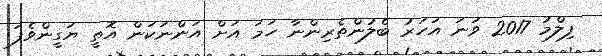
ފިލްމު 2017 ވަނަ އަހަރު ބެލުންތެރިންނާ ހަމަ އަށް އަންނަކަން އޮތީ ޔަގީންވެފަ